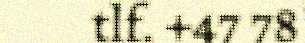
tlf. +47 78